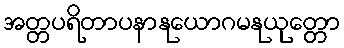
အတ္တပရိတာပနာနုယောဂမနုယုတ္တော